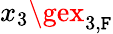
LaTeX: x_{3}\gex_{3,\mathtt{F}}